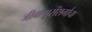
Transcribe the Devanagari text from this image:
जीवाणुसंसर्गाचा